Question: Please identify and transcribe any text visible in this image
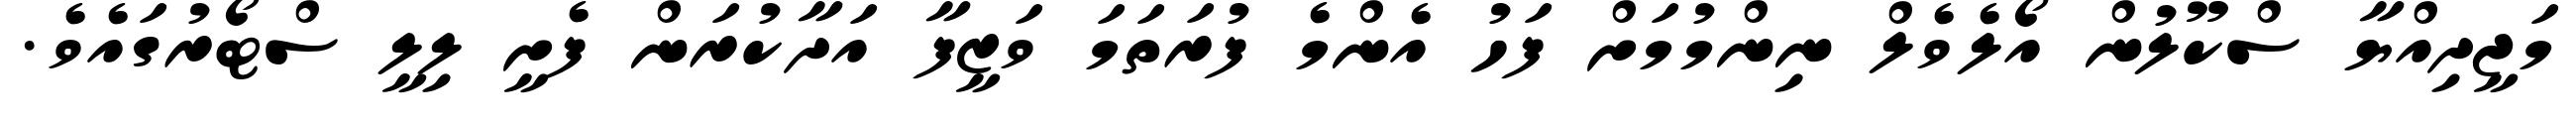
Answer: މަޖީދިއްޔާ ސްކޫލުން އޯލެވެލް ނިންމުމަށް ފަހު އެންމެ ފުރަތަމަ ވަޒީފާ އަދާކުރަން ފެށީ ލިލީ ސްޓޯރުގައެވެ.